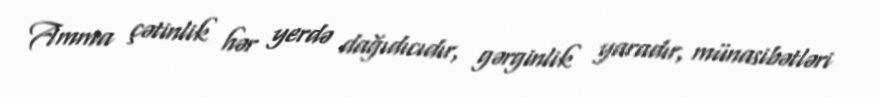
Amma çətinlik hər yerdə dağıdıcıdır, gərginlik yaradır, münasibətləri